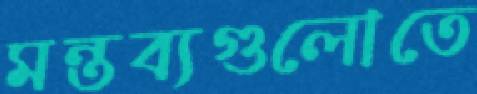
মন্তব্যগুলোতে